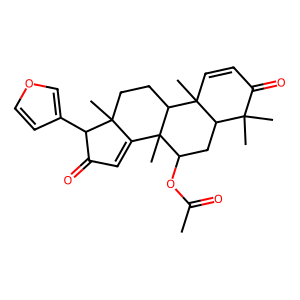
SMILES: CC(=O)OC1CC2C(C)(C)C(=O)C=CC2(C)C2CCC3(C)C(=CC(=O)C3c3ccoc3)C12C
Inhibits HIV replication: No